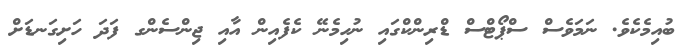
ބުއިމެކެވެ. ނަމަވެސް ސްޕޯޓްސް ޑްރިންކްގައި ނުހިމެނޭ ކެފެއިން އާއި ޖިންސެންގ ފަދަ ހަށިގަނޑަށް